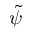
\tilde { \psi }